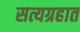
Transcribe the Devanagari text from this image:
सत्यग्रहात